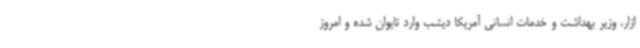
ازار، وزیر بهداشت و خدمات انسانی آمریکا دیشب وارد تایوان شده و امروز